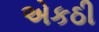
એકઠી